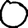
Digit: 0